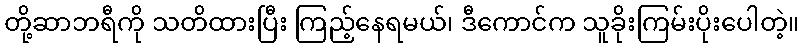
တို့ဆာဘရီကို သတိထားပြီး ကြည့်နေရမယ်၊ ဒီကောင်က သူခိုးကြမ်းပိုးပေါတဲ့။